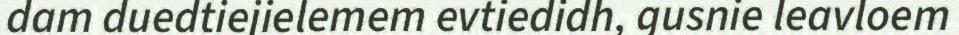
dam duedtiejielemem evtiedidh, gusnie leavloem